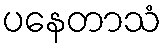
ပနေတာသံ